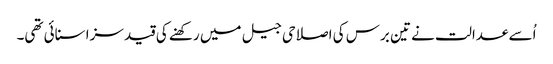
اُسے عدالت نے تین برس کی اصلاحی جیل میں رکھنے کی قید سزا سنائی تھی۔